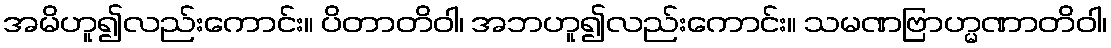
အမိဟူ၍လည်းကောင်း။ ပိတာတိဝါ၊ အဘဟူ၍လည်းကောင်း။ သမဏဗြာဟ္မဏာတိဝါ၊